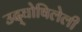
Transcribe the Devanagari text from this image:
उद्‌घोषिलेली